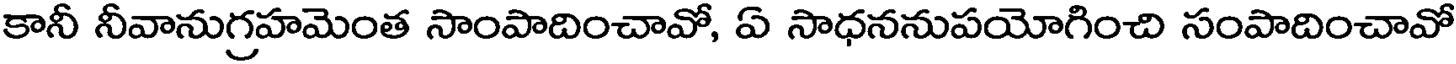
కానీ నీవానుగ్రహమెంత సాంపాదించావో, ఏ సాధననుపయోగించి సంపాదించావో